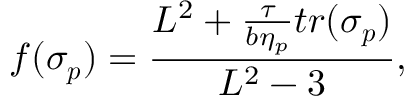
f ( \boldsymbol { \sigma _ { p } } ) = \frac { L ^ { 2 } + \frac { \tau } { b \eta _ { p } } t r ( \boldsymbol { \sigma _ { p } } ) } { L ^ { 2 } - 3 } ,